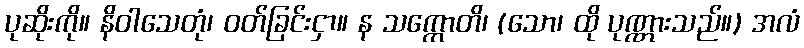
ပုဆိုးကို။ နိဝါသေတုံ၊ ဝတ်ခြင်းငှာ။ န သက္ကောတိ၊ (သော၊ ထို ပုဏ္ဏားသည်။) အလံ